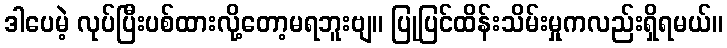
ဒါပေမဲ့ လုပ်ပြီးပစ်ထားလို့တော့မရဘူးဗျ။ ပြုပြင်ထိန်းသိမ်းမှုကလည်းရှိရမယ်။